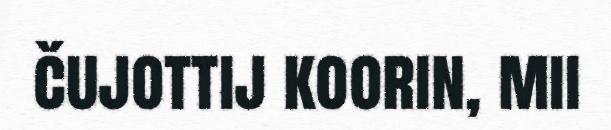
čujottij koorin, mii